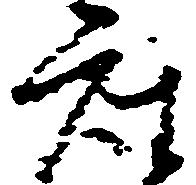
座